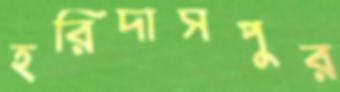
হরিদাসপুর